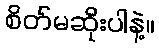
စိတ်မဆိုးပါနဲ့။